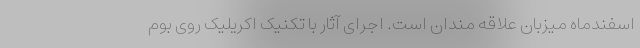
اسفندماه میزبان علاقه مندان است. اجرای آثار با تکنیک اکریلیک روی بوم